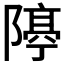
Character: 𨼛